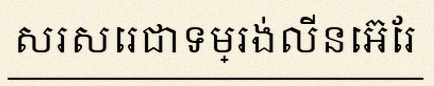
សរសេរជាទម្រង់លីនេអ៊ែរ